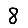
Digit: 8